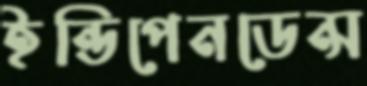
ইন্ডিপেনডেন্স